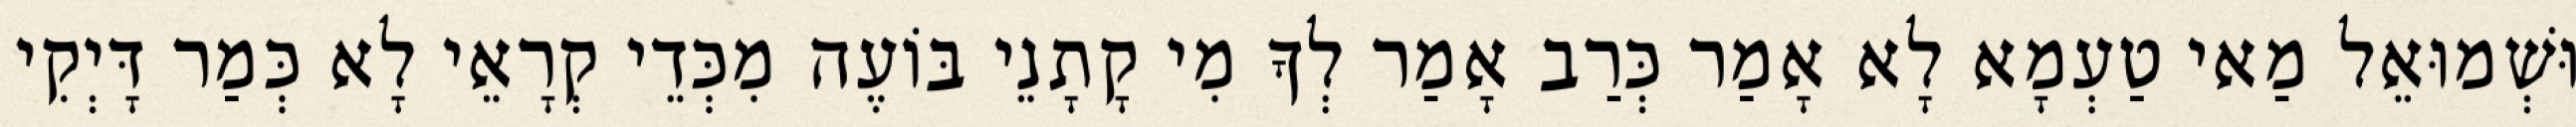
וּשְׁמוּאֵל מַאי טַעְמָא לָא אָמַר כְּרַב אָמַר לְךָ מִי קָתָנֵי בּוֹעֶה מִכְּדֵי קְרָאֵי לָא כְּמַר דָּיְקִי